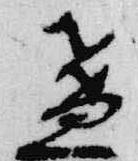
盞